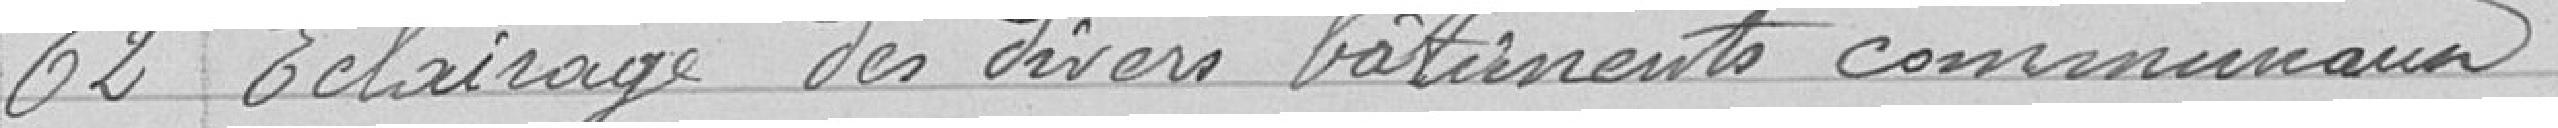
62 Eclairage des divers bâtiments communaux